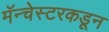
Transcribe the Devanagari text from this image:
मॅन्चेस्टरकडून